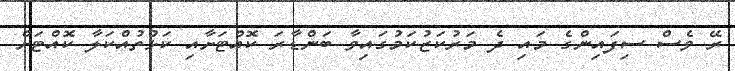
ރޭ ވެސް ސިފައިންގެ މައި ދެ މަރުކަޒުކަމުގައިވާ ބަންޑާރަ ކޮއްޓަށާއި ކަޅުތުއްކަލާ ކޮއްޓަށް